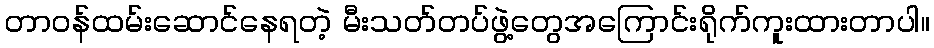
တာဝန်ထမ်းဆောင်နေရတဲ့ မီးသတ်တပ်ဖွဲ့တွေအကြောင်းရိုက်ကူးထားတာပါ။